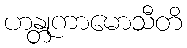
ဟန္တုကာမောသီတိ